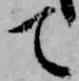
て